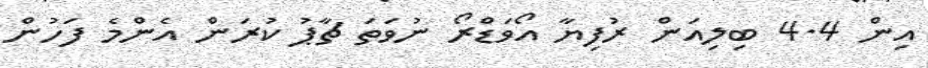
އިން 4.4 ބިލިއަން ރުފިޔާ އޯވަޑްރޯ ނުވަތަ ޗާޕު ކުރަން އެންމެ ފަހުން